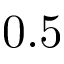
0 . 5